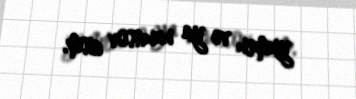
yumru və ya uzunsov cism.